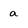
Character: a